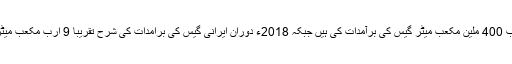
ایران سے عراق اور ترکی کو گیس کی برآمدات سے ایران نے 2013 ء میں پڑوسی ملکوں کو 17 ارب 400 ملین مکعب میٹر گیس کی برآمدات کی ہیں جبکہ 2018ء دوران ایرانی گیس کی برامدات کی شرح تقریبا 9 ارب مکعب میٹر تھی جس سے ظاہر ہوتی ہے کہ ایرانی گیس کی برآمدات میں 93 فیصد کا اضافہ ریکارڈ کیا گیا ہے۔